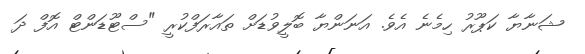
ޝަނާޔާ ކަޕޫރު ހިމެނެ އެވެ. އަނަންޔާ ބޮލީވުޑަށް ތައާރަފްކުރީ "ސްޓޫޑަންޓް އޮފް ދަ